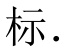
标.